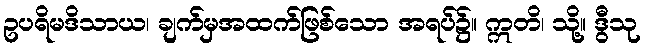
ဥပရိမဒိသာယ၊ ချက်မှအထက်ဖြစ်သော အရပ်၌။ ဣတိ၊ သို့။ ဒွီသု